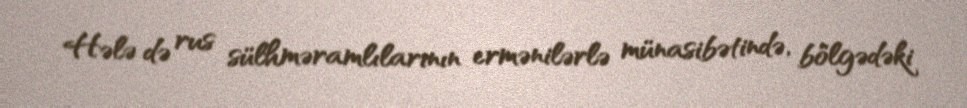
Hələ də rus sülhməramlılarının ermənilərlə münasibətində, bölgədəki